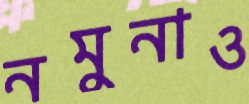
নমুনাও